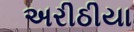
અરીઠીયા